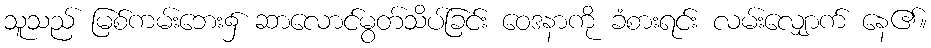
သူသည် မြစ်ကမ်းဘေး၌ ဆာလောင်မွတ်သိပ်ခြင်း ဝေဒနာကို ခံစားရင်း လမ်းလျှောက် နေ၏။